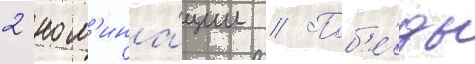
2 ном'ина́ции // Поб'е́ды